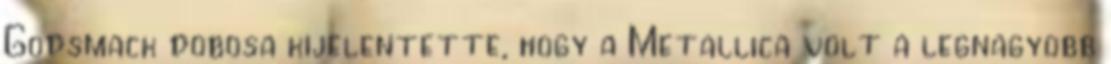
Godsmack dobosa kijelentette, hogy a Metallica volt a legnagyobb